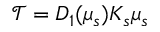
\mathcal { T } = D _ { 1 } ( \mu _ { s } ) K _ { s } \mu _ { s }